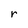
Character: r